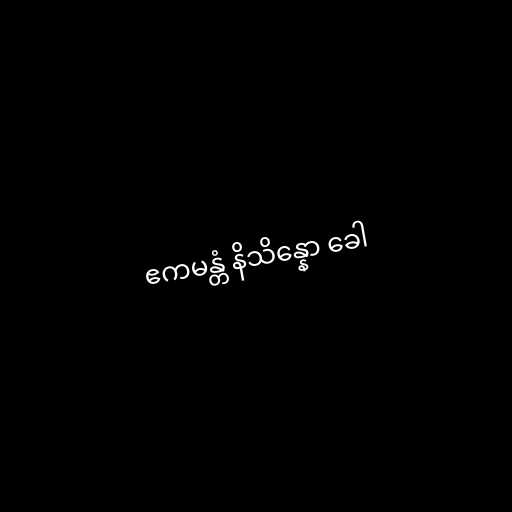
ဧကမန္တံ နိသိန္နော ခေါ